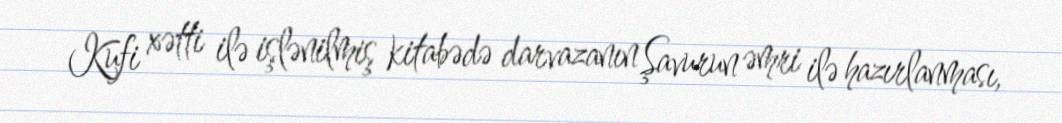
Kufi xətti ilə işlənilmiş kitabədə darvazanın Şavurun əmri ilə hazırlanması,